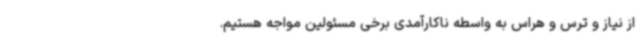
از نیاز و ترس و هراس به واسطه ناکارآمدی برخی مسئولین مواجه هستیم.